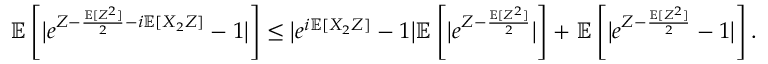
{ \ensuremath { \mathbb E } } \left[ \big | e ^ { Z - \frac { { \ensuremath { \mathbb E } } [ Z ^ { 2 } ] } { 2 } - i { \ensuremath { \mathbb E } } [ X _ { 2 } Z ] } - 1 \big | \right] \le \big | e ^ { i { \ensuremath { \mathbb E } } [ X _ { 2 } Z ] } - 1 \big | { \ensuremath { \mathbb E } } \left[ \big | e ^ { Z - \frac { { \ensuremath { \mathbb E } } [ Z ^ { 2 } ] } { 2 } } \big | \right] + { \ensuremath { \mathbb E } } \left[ \big | e ^ { Z - \frac { { \ensuremath { \mathbb E } } [ Z ^ { 2 } ] } { 2 } } - 1 \big | \right] .